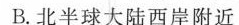
B.北半球大陆西岸附近